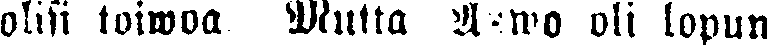
olisi toiwoa. Mutta Arwo oli lopun